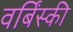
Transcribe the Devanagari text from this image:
वर्बिंस्की